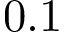
0 . 1